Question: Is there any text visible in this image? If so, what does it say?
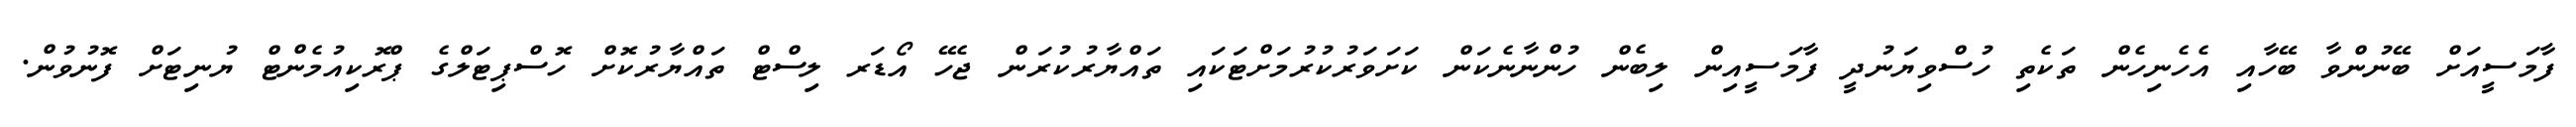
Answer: ފާމަސީއަށް ބޭނުންވާ ބޭހާއި އެހެނިހެން ތަކެތި ހުސްވިޔަނުދީ ފާމަސީއިން ލިބެން ހުންނާނެކަން ކަށަވަރުކުރުމަށްޓަކައި ތައްޔާރުކުރަން ޖެހޭ އޯޑަރ ލިސްޓް ތައްޔާރުކޮށް ހޮސްޕިޓަލްގެ ޕްރޮކިއުމެންޓް ޔުނިޓަށް ފޮނުވުން.